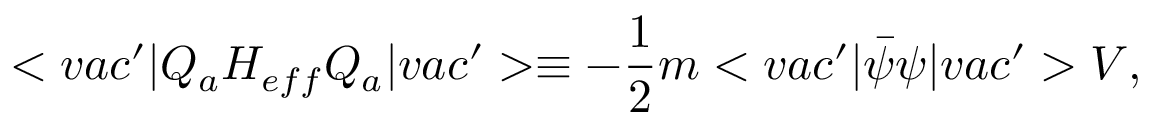
< v a c ^ { \prime } | Q _ { a } H _ { e f f } Q _ { a } | v a c ^ { \prime } > \equiv - \frac { 1 } { 2 } m < v a c ^ { \prime } | \bar { \psi } \psi | v a c ^ { \prime } > V ,